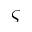
\varsigma